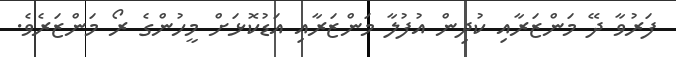
ފަރުވާ ދޭ މަންޒަރާއި ކުދިން އުފުލާ މަންޒަރާއި އަޑުކޮޅަށް މީހުންގެ ރޯ މަންޒަރެވެ.